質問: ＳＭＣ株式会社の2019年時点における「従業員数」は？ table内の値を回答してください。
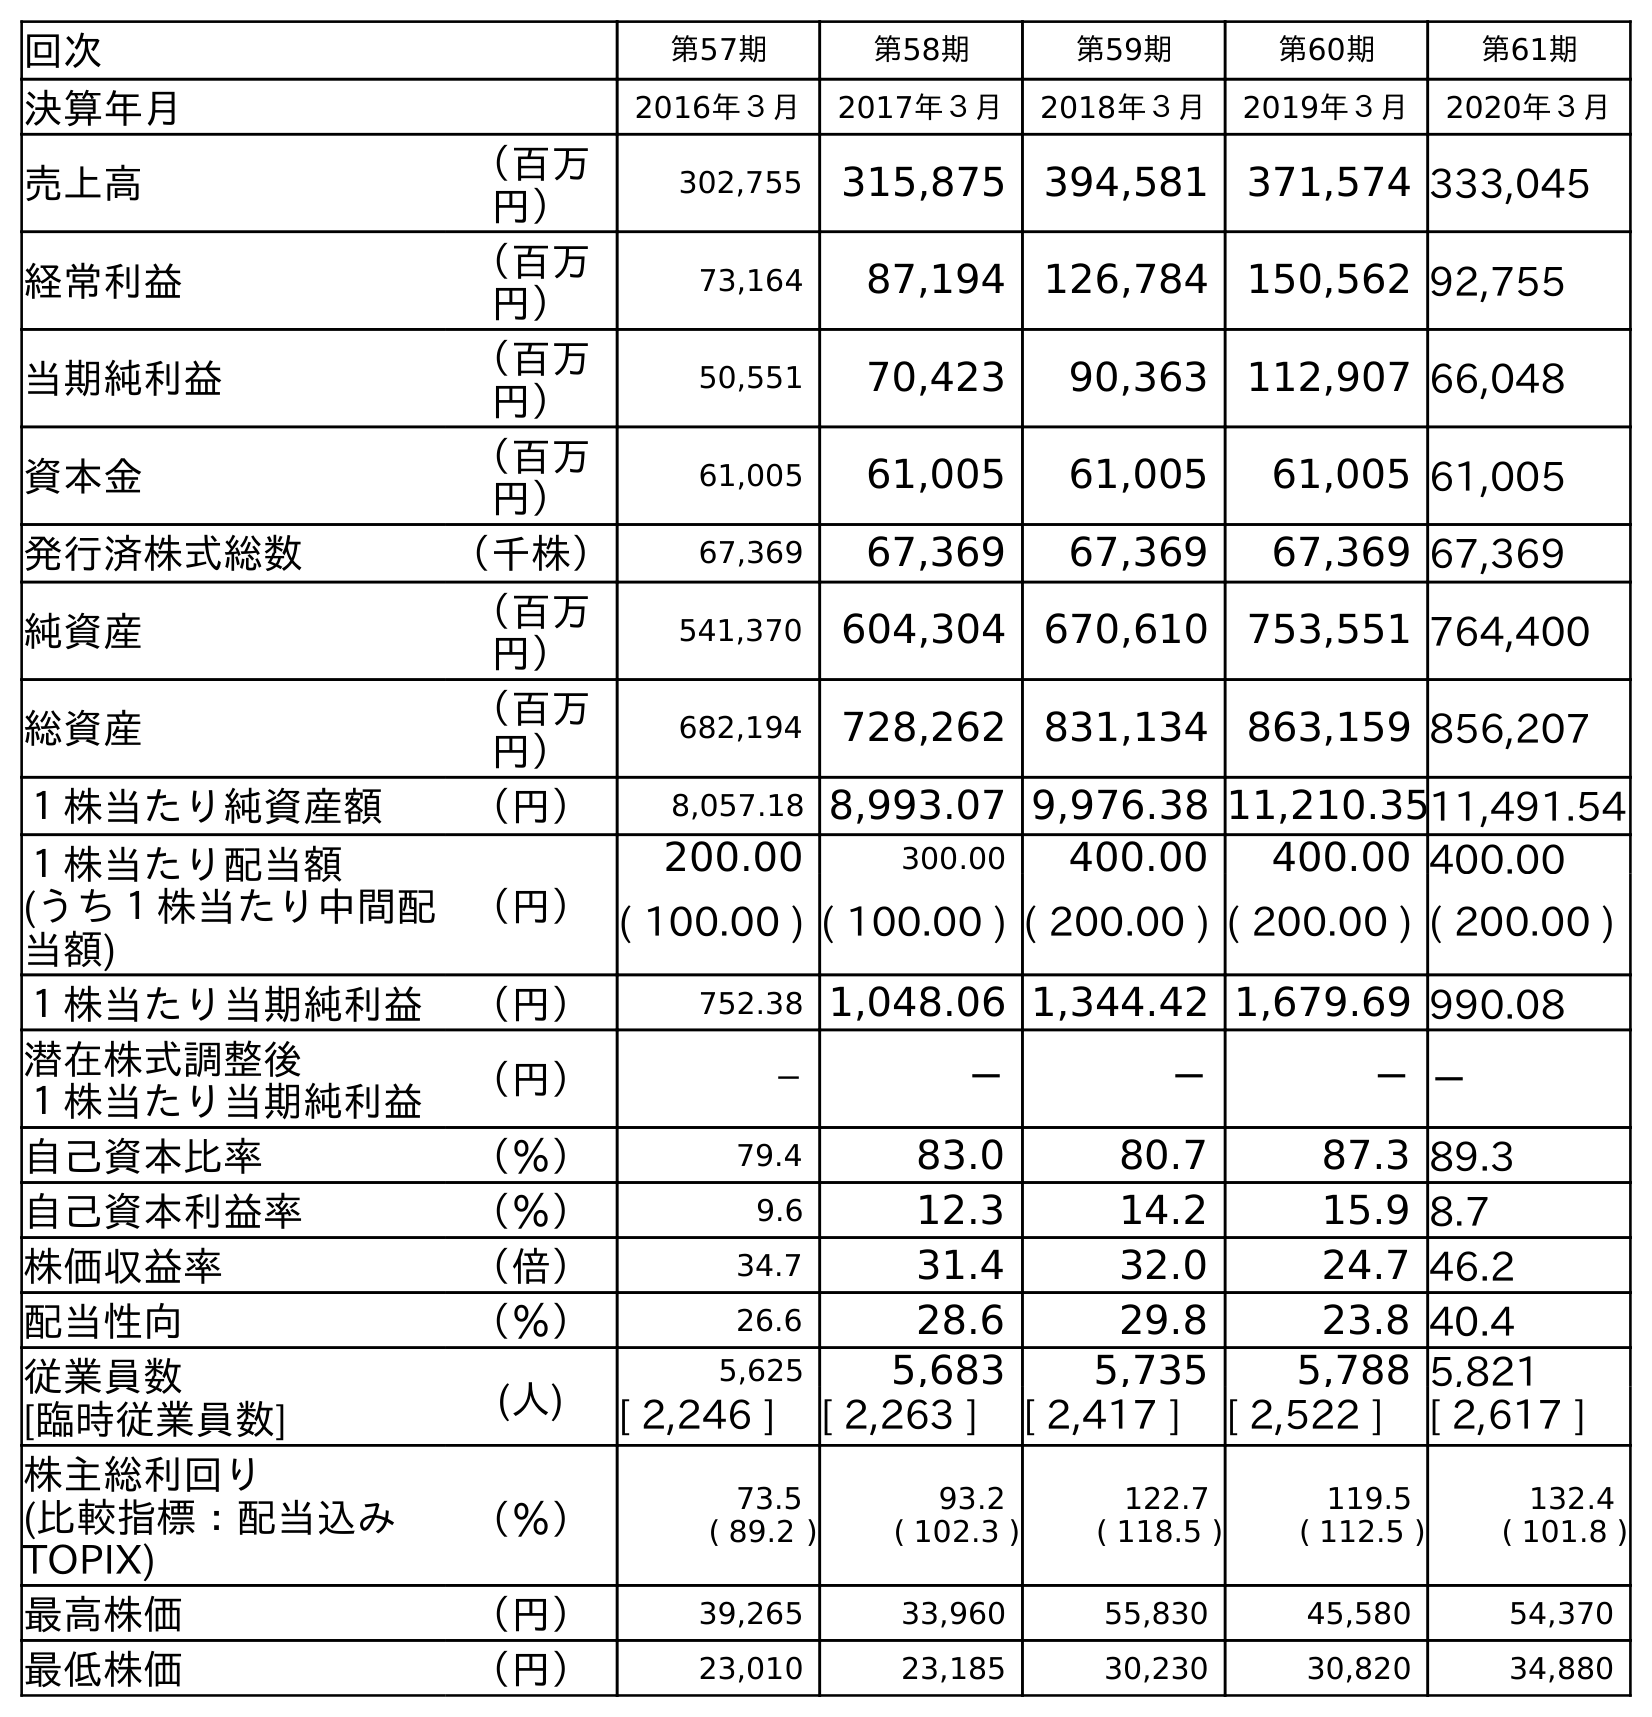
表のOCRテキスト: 回次 第57期 第58期 第59期 第60期 第61期 決算年月 2016年３月 2017年３月 2018年３月 2019年３月 2020年３月 売上高 （百万 円） 302,755 315,875 394,581 371,574 333,045 経常利益 （百万 円） 73,164 87,194 126,784 150,562 92,755 当期純利益 （百万 円） 50,551 70,423 90,363 112,907 66,048 資本金 （百万 円） 61,005 61,005 61,005 61,005 61,005 発行済株式総数 （千株） 67,369 67,369 67,369 67,369 67,369 純資産 （百万 円） 541,370 604,304 670,610 753,551 764,400 総資産 （百万 円） 682,194 728,262 831,134 863,159 856,207 １株当たり純資産額 （円） 8,057.18 8,993.07 9,976.38 11,210.3511,491.54 １株当たり配当額 (うち１株当たり中間配 当額) （円） 200.00 300.00 400.00 400.00 400.00 ( 100.00 ) ( 100.00 ) ( 200.00 ) ( 200.00 ) ( 200.00 ) １株当たり当期純利益 （円） 752.38 1,048.06 1,344.42 1,679.69 990.08 潜在株式調整後 １株当たり当期純利益 （円） － － － －－ 自己資本比率 （％） 79.4 83.0 80.7 87.3 89.3 自己資本利益率 （％） 9.6 12.3 14.2 15.9 8.7 株価収益率 （倍） 34.7 31.4 32.0 24.7 46.2 配当性向 （％） 26.6 28.6 29.8 23.8 40.4 従業員数 [臨時従業員数] (人) 5,625 5,683 5,735 5,788 5,821 [ 2,246 ] [ 2,263 ] [ 2,417 ] [ 2,522 ] [ 2,617 ] 株主総利回り (比較指標：配当込み TOPIX) （％） 73.5 ( 89.2 ) 93.2 ( 102.3 ) 122.7 ( 118.5 ) 119.5 ( 112.5 ) 132.4 ( 101.8 ) 最高株価 （円） 39,265 33,960 55,830 45,580 54,370 最低株価 （円） 23,010 23,185 30,230 30,820 34,880
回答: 5,788